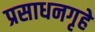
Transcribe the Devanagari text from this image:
प्रसाधनगृहे